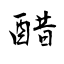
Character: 醋